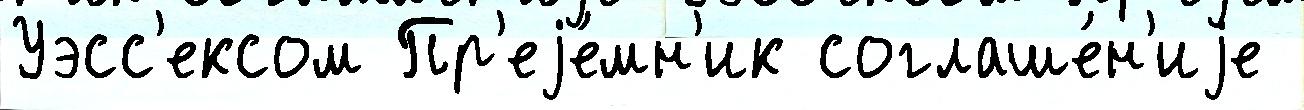
Уэсс'ексом Пр'еjе́мн'ик соглаше́н'иjе